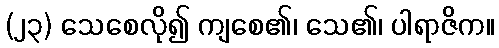
(၂၃) သေစေလို၍ ကျစေ၏၊ သေ၏၊ ပါရာဇိက။